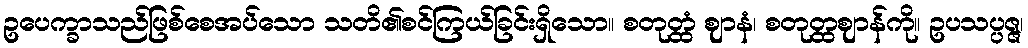
ဥပေက္ခာသည်ဖြစ်စေအပ်သော သတိ၏စင်ကြယ်ခြင်းရှိသော။ စတုတ္ထံ ဈာနံ၊ စတုတ္ထဈာန်ကို။ ဥပသပ္ပဇ္ဇ၊